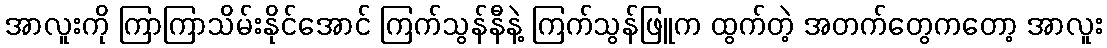
အာလူးကို ကြာကြာသိမ်းနိုင်အောင် ကြက်သွန်နီနဲ့ ကြက်သွန်ဖြူက ထွက်တဲ့ အတက်တွေကတော့ အာလူး